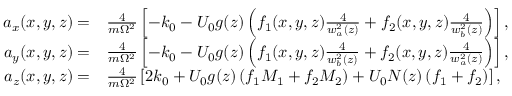
\begin{array} { r l } { a _ { x } ( x , y , z ) = } & { \frac { 4 } { m \Omega ^ { 2 } } \left[ - k _ { 0 } - U _ { 0 } g ( z ) \left( f _ { 1 } ( x , y , z ) \frac { 4 } { w _ { a } ^ { 2 } ( z ) } + f _ { 2 } ( x , y , z ) \frac { 4 } { w _ { b } ^ { 2 } ( z ) } \right) \right] , } \\ { a _ { y } ( x , y , z ) = } & { \frac { 4 } { m \Omega ^ { 2 } } \left[ - k _ { 0 } - U _ { 0 } g ( z ) \left( f _ { 1 } ( x , y , z ) \frac { 4 } { w _ { b } ^ { 2 } ( z ) } + f _ { 2 } ( x , y , z ) \frac { 4 } { w _ { a } ^ { 2 } ( z ) } \right) \right] , } \\ { a _ { z } ( x , y , z ) = } & { \frac { 4 } { m \Omega ^ { 2 } } \left[ 2 k _ { 0 } + U _ { 0 } g ( z ) \left( f _ { 1 } M _ { 1 } + f _ { 2 } M _ { 2 } \right) + U _ { 0 } N ( z ) \left( f _ { 1 } + f _ { 2 } \right) \right] , } \end{array}